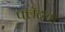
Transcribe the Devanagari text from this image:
फ्लॅटचा